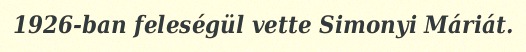
1926-ban feleségül vette Simonyi Máriát.